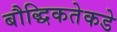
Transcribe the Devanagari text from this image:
बौद्धिकतेकडे